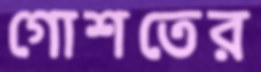
গোশতের